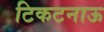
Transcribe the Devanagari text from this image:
टिकटनाऊ